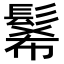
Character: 𩭉